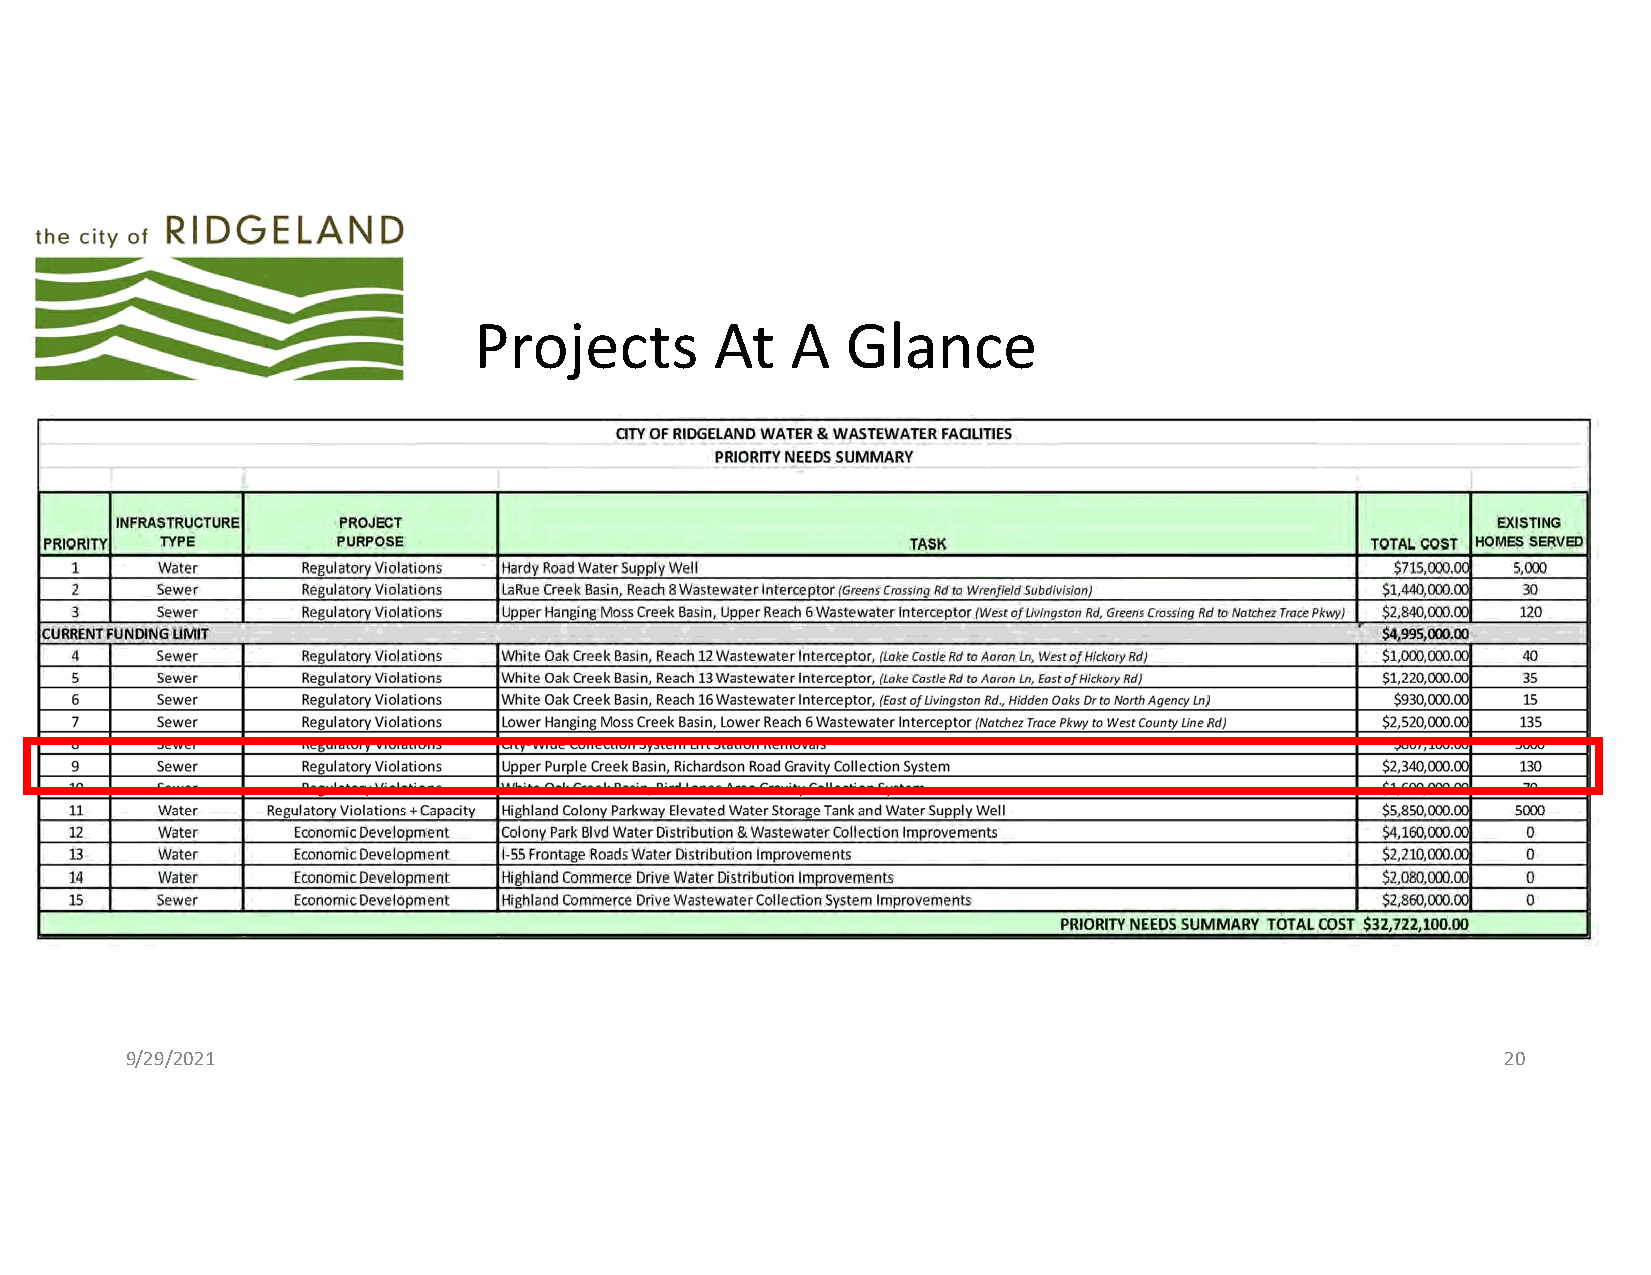
Projects        At   A   Glance
 9/29/2021                                                                                   20